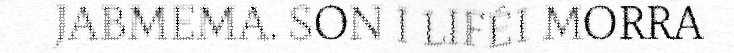
JABMEMA. SON I LIFÉI MORRA